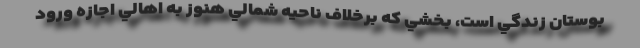
بوستان زندگي است، بخشي كه برخلاف ناحيه شمالي هنوز به اهالي اجازه ورود